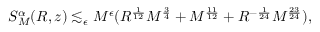
S _ { M } ^ { \alpha } ( R , z ) \lesssim _ { \epsilon } M ^ { \epsilon } ( R ^ { \frac { 1 } { 1 2 } } M ^ { \frac { 3 } { 4 } } + M ^ { \frac { 1 1 } { 1 2 } } + R ^ { - \frac { 1 } { 2 4 } } M ^ { \frac { 2 3 } { 2 4 } } ) ,